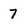
Character: 7